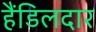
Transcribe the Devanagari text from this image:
हैंडिलदार